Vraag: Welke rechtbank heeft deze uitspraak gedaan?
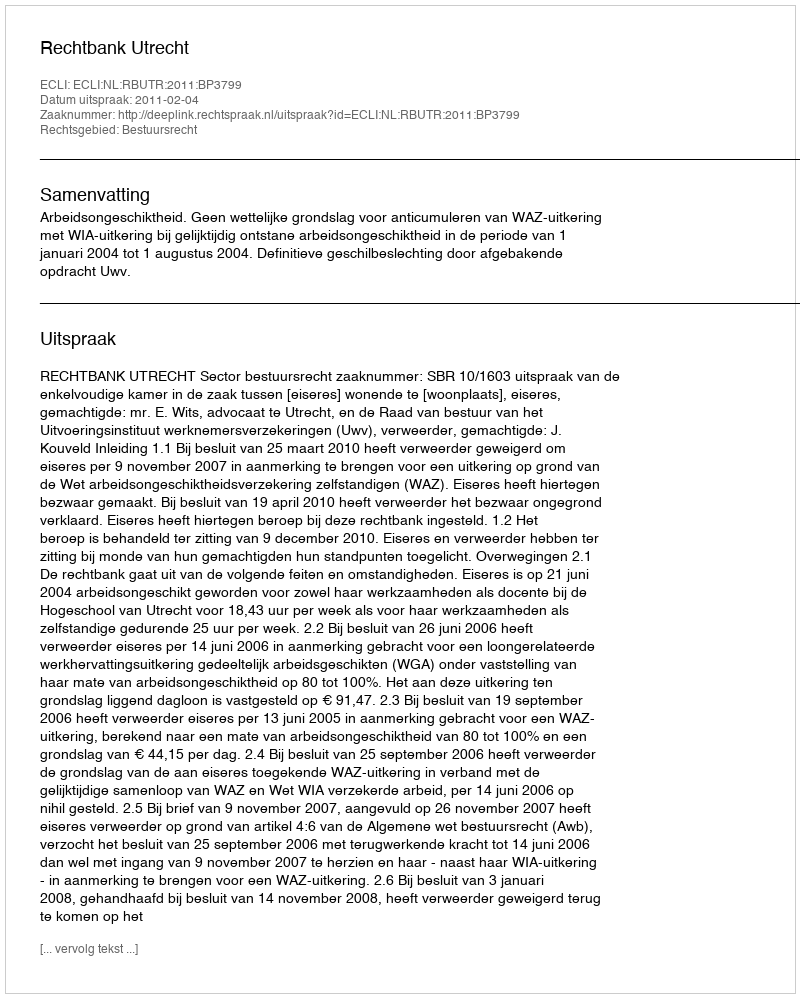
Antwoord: Rechtbank Utrecht